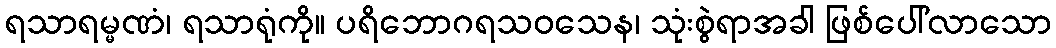
ရသာရမ္မဏံ၊ ရသာရုံကို။ ပရိဘောဂရသဝသေန၊ သုံးစွဲရာအခါ ဖြစ်ပေါ်လာသော